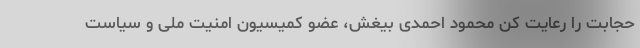
حجابت را رعایت کن محمود احمدی بیغش، عضو کمیسیون امنیت ملی و سیاست